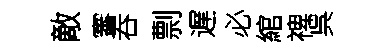
敵審吞剽遅必綰禆呉